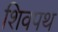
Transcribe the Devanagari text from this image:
शिवपथ